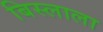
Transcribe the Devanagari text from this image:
बिस्लाला